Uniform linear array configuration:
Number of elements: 12
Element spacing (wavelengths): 0.25
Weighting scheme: hann
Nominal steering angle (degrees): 0
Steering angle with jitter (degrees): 0.02807
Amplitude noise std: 0.05
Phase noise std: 0.05

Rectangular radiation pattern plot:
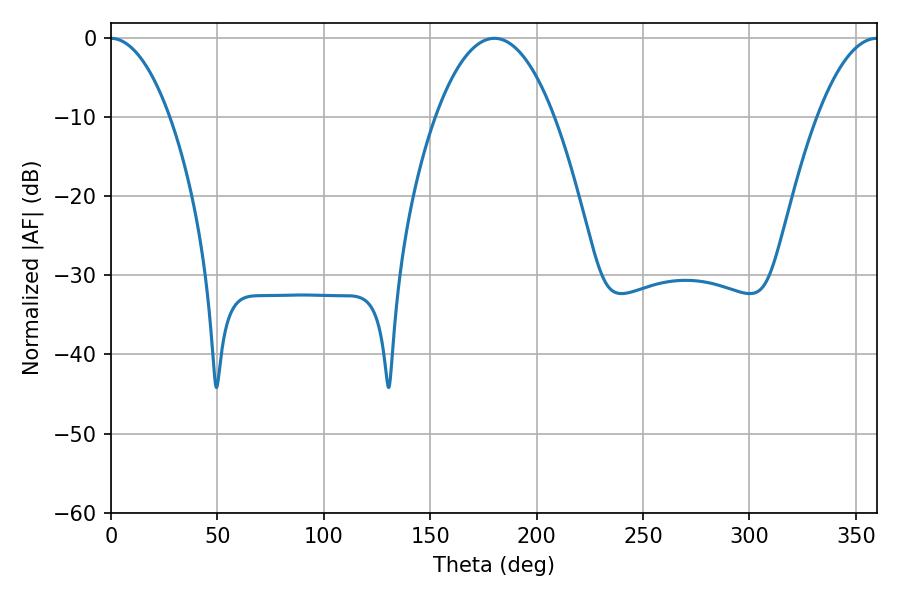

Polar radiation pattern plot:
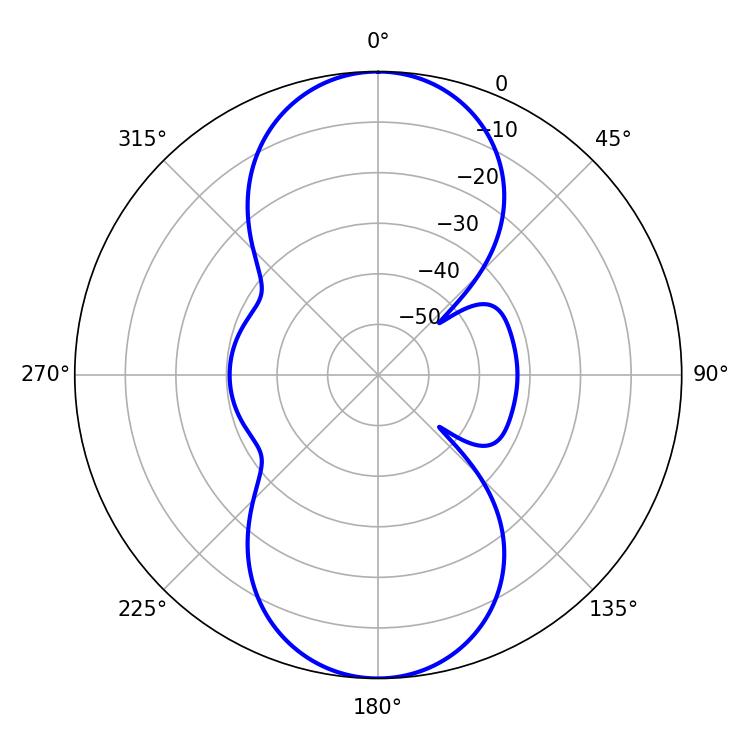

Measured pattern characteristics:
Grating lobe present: FALSE
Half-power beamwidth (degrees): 30.96
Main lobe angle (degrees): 180.18